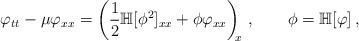
LaTeX: \begin{align*}\varphi_{tt}-\mu\varphi_{xx}=\left(\frac12\mathbb H[\phi^2]_{xx}+\phi\varphi_{xx}\right)_{\!\!x}\,,\qquad\phi=\mathbb H[\varphi]\,,\end{align*}